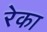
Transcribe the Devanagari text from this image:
रेका